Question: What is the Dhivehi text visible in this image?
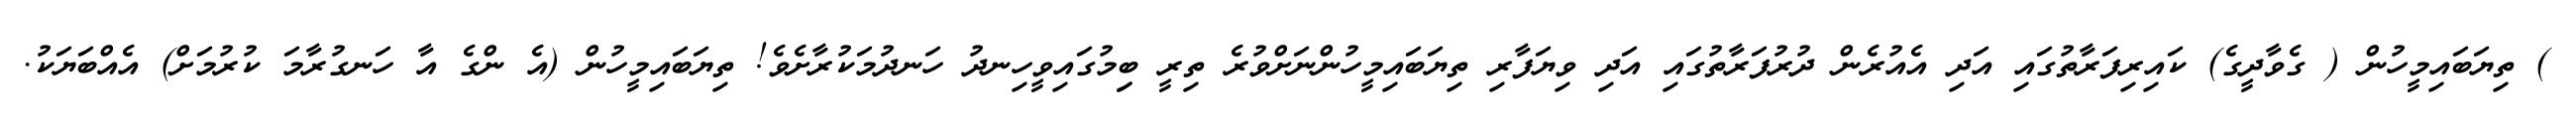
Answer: ) ތިޔަބައިމީހުން ( ގެވާދީގެ) ކައިރިފަރާތުގައި އަދި އެއުރެން ދުރުފަރާތުގައި އަދި ވިޔަފާރި ތިޔަބައިމީހުންނަށްވުރެ ތިރީ ބިިމުގައިވީހިނދު ހަނދުމަކުރާށެވެ! ތިޔަބައިމީހުން (އެ ންގެ އާ ހަނގުރާމަ ކުރުމަށް) އެއްބަޔަކު.